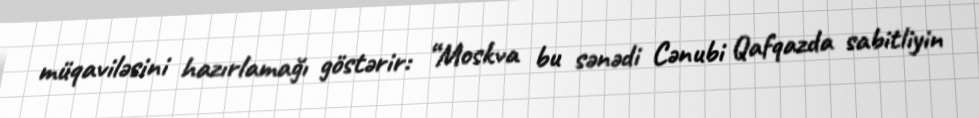
müqaviləsini hazırlamağı göstərir: “Moskva bu sənədi Cənubi Qafqazda sabitliyin